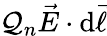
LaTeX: \mathcal{Q}_{n}{\vec{{E}}}\cdot\mathrm{{d}}{\vec{{\ell}}}